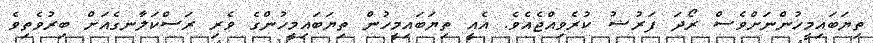
ތިޔަބައިމީހުންނަށްވެސް ރޯދަ ފަރުޟު ކުރެވިއްޖެއެވެ. އެއީ ތިޔަބައިމީހުން ތިޔަބައިމީހުންގެ ވެރި ރަސްކަލާނގެއަށް ބިރުވެތިވެ